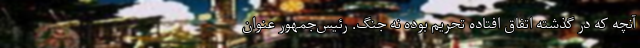
آنچه که در گذشته اتفاق افتاده تحریم بوده نه جنگ. رئیس‌جمهور عنوان